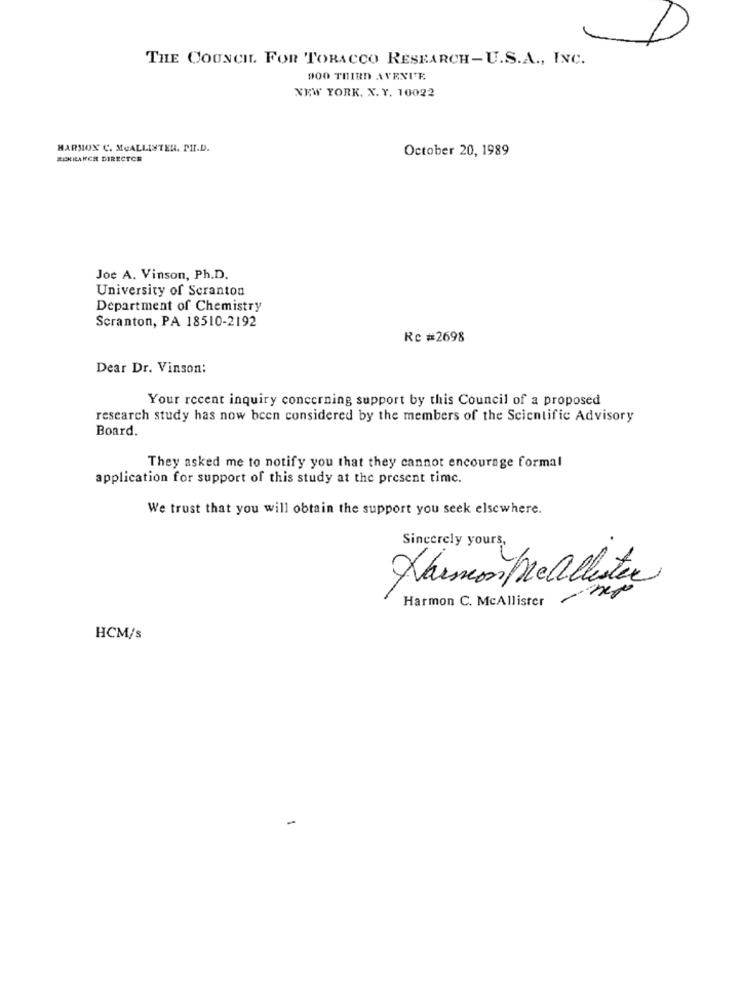
THE COUNCIL. FOR TOBACCO RESEARCH-U.S.A ., INC.
900 THIRD AVENUE
NEW YORK. X. Y. 10022
HARMON C. MCALLISTER, PH.D.
October 20, 1989
PERILANCH DIRECTOR
Joe A. Vinson, Ph.D.
University of Scranton
Department of Chemistry
Scranton, PA 18510-2192
Rc #2698
Dear Dr. Vinson:
Your recent inquiry concerning support by this Council of a proposed
research study has now been considered by the members of the Scientific Advisory
Board.
They asked me to notify you that they cannot encourage formal
application for support of this study at the present time.
We trust that you will obtain the support you seek elsewhere.
Sincerely yours,
Xarmon Mcallister
nepo
Harmon C. McAllister
HCM/s
-